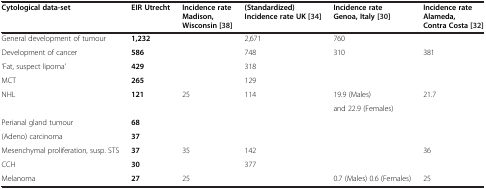
<table><thead><tr><td><b>Cytological data-set</b></td><td><b>EIR Utrecht</b></td><td><b>Incidence rate Madison, Wisconsin [38]</b></td><td><b>(Standardized) Incidence rate UK [34]</b></td><td><b>Incidence rate Genoa, Italy [30]</b></td><td><b>Incidence rate Alameda, Contra Costa [32]</b></td></tr></thead><tbody><tr><td>General development of tumour</td><td><b>1,232</b></td><td> </td><td>2,671</td><td>760</td><td> </td></tr><tr><td>Development of cancer</td><td><b>586</b></td><td> </td><td>748</td><td>310</td><td>381</td></tr><tr><td>‘Fat, suspect lipoma’</td><td><b>429</b></td><td> </td><td>318</td><td> </td><td> </td></tr><tr><td>MCT</td><td><b>265</b></td><td> </td><td>129</td><td> </td><td> </td></tr><tr><td rowspan="2">NHL</td><td rowspan="2"><b>121</b></td><td rowspan="2">25</td><td rowspan="2">114</td><td>19.9 (Males)</td><td rowspan="2">21.7</td></tr><tr><td>and 22.9 (Females)</td></tr><tr><td>Perianal gland tumour</td><td><b>68</b></td><td> </td><td> </td><td> </td><td> </td></tr><tr><td>(Adeno) carcinoma</td><td><b>37</b></td><td> </td><td> </td><td> </td><td> </td></tr><tr><td>Mesenchymal proliferation, susp. STS</td><td><b>37</b></td><td>35</td><td>142</td><td> </td><td>36</td></tr><tr><td>CCH</td><td><b>30</b></td><td> </td><td>377</td><td> </td><td> </td></tr><tr><td>Melanoma</td><td><b>27</b></td><td>25</td><td> </td><td>0.7 (Males) 0.6 (Females)</td><td>25</td></tr></tbody></table>